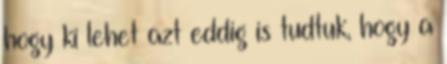
hogy ki lehet azt eddig is tudtuk, hogy a